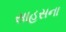
સાહસના